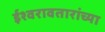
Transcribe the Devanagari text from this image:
ईश्वरावतारांच्या